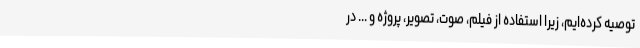
توصیه کرده‌ایم، زیرا استفاده از فیلم، صوت، تصویر، پروژه و ... در